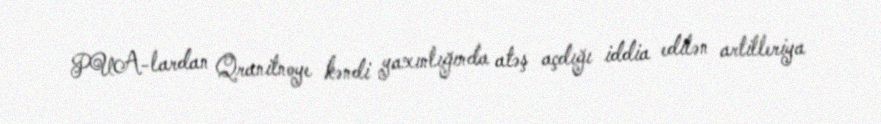
PUA-lardan Qranitnoye kəndi yaxınlığında atəş açdığı iddia edilən artilleriya